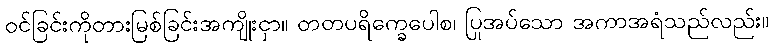
ဝင်ခြင်းကိုတားမြစ်ခြင်းအကျိုးငှာ။ တတပရိက္ခေပေါစ၊ ပြုအပ်သော အကာအရံသည်လည်း။